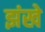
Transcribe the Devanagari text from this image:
झंखे